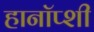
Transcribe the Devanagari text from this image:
हानॉप्शी